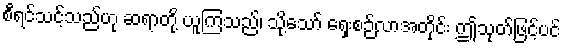
စီရင်သင့်သည်ဟု ဆရာတို့ ယူကြသည်၊ သို့သော် ရှေးစဉ်လာအတိုင်း ဤသုတ်ဖြင့်ပင်